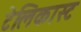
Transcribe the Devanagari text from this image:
टेलिकास्ट